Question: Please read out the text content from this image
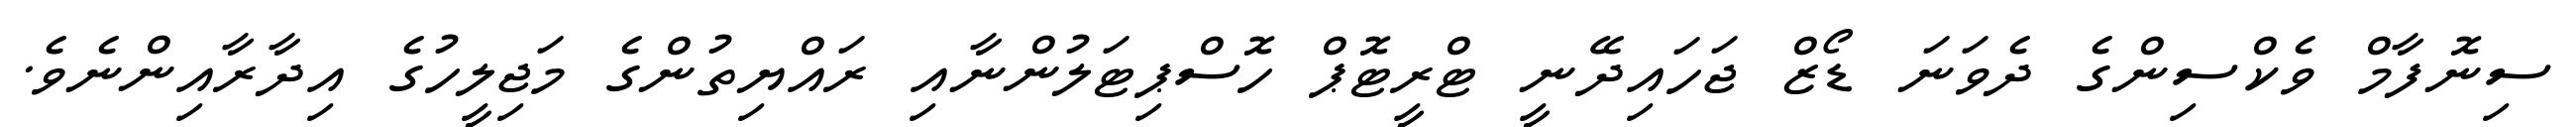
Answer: ސިނޮފާމް ވެކްސިންގެ ދެވަނަ ޑޯޒް ޖަހައިދޭނީ ޓްރީޓޮޕް ހޮސްޕިޓަލުންނާއި ރައްޔިތުންގެ މަޖިލީހުގެ އިދާރާއިންނެވެ.